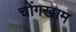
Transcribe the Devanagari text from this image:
चोंगखाम